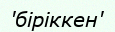
'біріккен'